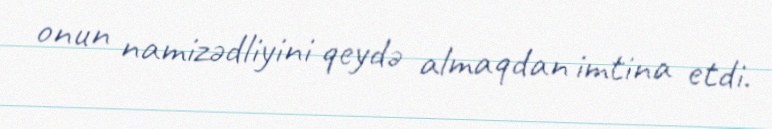
onun namizədliyini qeydə almaqdan imtina etdi.